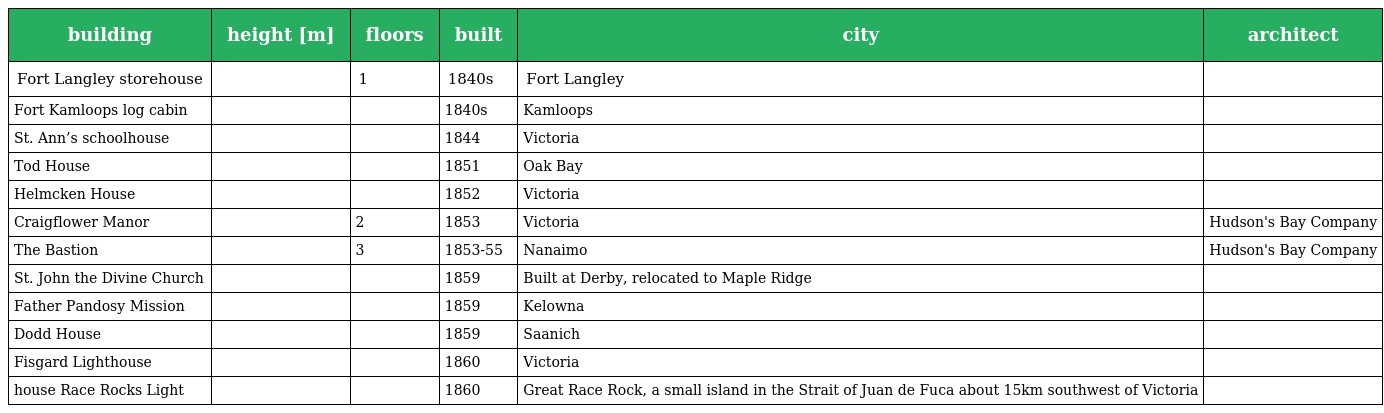
| building | height [m] | floors | built | city | architect |
 | --- | --- | --- | --- | --- | --- |
 | Fort Langley storehouse |  | 1 | 1840s | Fort Langley |  |
 | Fort Kamloops log cabin |  |  | 1840s | Kamloops |  |
 | St. Ann’s schoolhouse |  |  | 1844 | Victoria |  |
 | Tod House |  |  | 1851 | Oak Bay |  |
 | Helmcken House |  |  | 1852 | Victoria |  |
 | Craigflower Manor |  | 2 | 1853 | Victoria | Hudson's Bay Company |
 | The Bastion |  | 3 | 1853-55 | Nanaimo | Hudson's Bay Company |
 | St. John the Divine Church |  |  | 1859 | Built at Derby, relocated to Maple Ridge |  |
 | Father Pandosy Mission |  |  | 1859 | Kelowna |  |
 | Dodd House |  |  | 1859 | Saanich |  |
 | Fisgard Lighthouse |  |  | 1860 | Victoria |  |
 | house Race Rocks Light |  |  | 1860 | Great Race Rock, a small island in the Strait of Juan de Fuca about 15km southwest of Victoria |  |